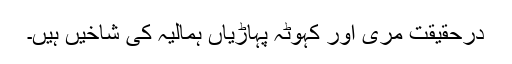
درحقیقت مری اور کہوٹہ پہاڑیاں ہمالیہ کی شاخیں ہیں۔